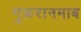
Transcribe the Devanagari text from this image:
गुफ़रानमाब